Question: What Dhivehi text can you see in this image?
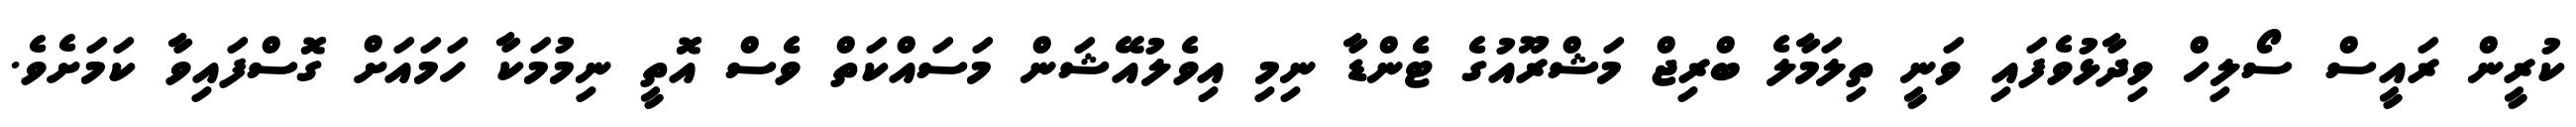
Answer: ކުރީން ރައީސް ސޯލިހް ވިދާޅުވެފައި ވަނީ ތިލަމާލެ ބްރިޖް މަޝްރޫއުގެ ޓެންޑާ ނިމި އިވެލުއޭޝަން މަސައްކަތް ވެސް އޮތީ ނިމުމަކާ ހަމައަށް ގޮސްފައިވާ ކަމަށެވެ.